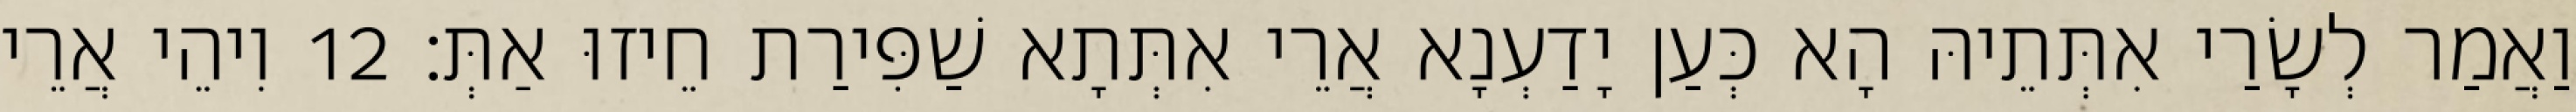
וַאֲמַר לְשָׂרַי אִתְּתֵיהּ הָא כְּעַן יָדַעְנָא אֲרֵי אִתְּתָא שַׁפִּירַת חֵיזוּ אַתְּ׃ 12 וִיהֵי אֲרֵי